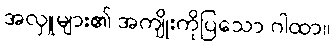
အလှူများ၏ အကျိုးကိုပြသော ဂါထာ။